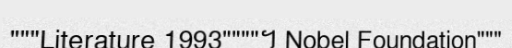
"""Literature 1993""""។ Nobel Foundation"""